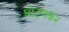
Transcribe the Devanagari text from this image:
घोटणकर